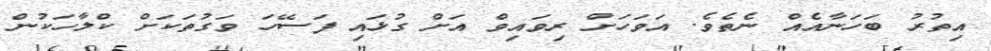
އިތުރު ބަހަނާއެއް ނެތެވެ. އަވަހަށް ރިވައިވް އަށް ގުޅައި ފަސޭހަ ވަގުތަކަށް ކްލާހަކުން